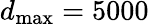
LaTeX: d_{\mathrm{max}}=5000